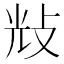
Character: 𢼯